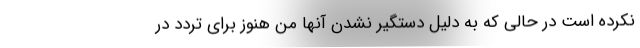
نکرده است در حالی که به دلیل دستگیر نشدن آنها من هنوز برای تردد در